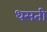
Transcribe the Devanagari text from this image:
धसती